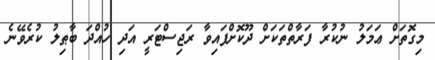
މިގޮތަށް ޢަމަލު ނުކުރާ ފަރާތްތަކަށް ދޫކޮށްފައިވާ ރަޖިސްޓަރީ އަދި ހުއްދަ ބާޠިލު ކުރެވޭނެ